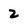
Character: 2